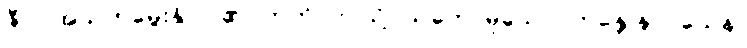
ဇီဝါ၊ အသက်မွေးနိုင်ပါ၏။ ဣတိ၊ ဤသို့ပယ်တော်မူသော်။ ဘန္တေ နာဂသေန၊